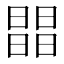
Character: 𣊭